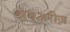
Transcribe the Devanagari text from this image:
ब्र्युअरीज़